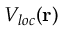
V _ { l o c } ( { \bf r } )